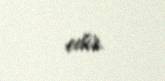
edir.